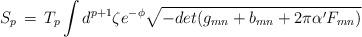
LaTeX: \begin{align*}S_p \, = \, T_p \int d^{p + 1} \zeta e^{- \phi} \sqrt{- det(g_{mn} + b_{mn} + 2 \pi \alpha' F_{mn})}\end{align*}